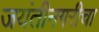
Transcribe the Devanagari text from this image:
जयंतीनगरीचा